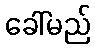
ခေါ်မည်